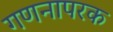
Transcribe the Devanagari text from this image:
गणनापरक